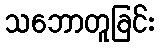
သဘောတူခြင်း